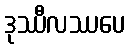
ဒုဿီလဿပေ